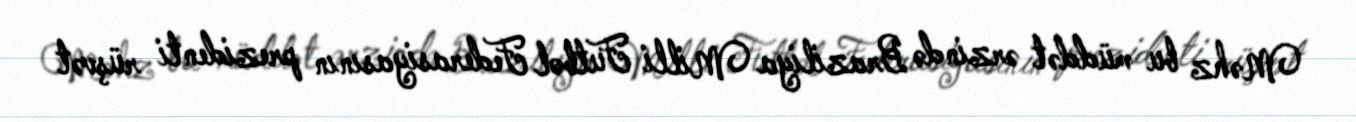
Məhz bu müddət ərzində Braziliya Milli Futbol Federasiyasının prezidenti rüşvət